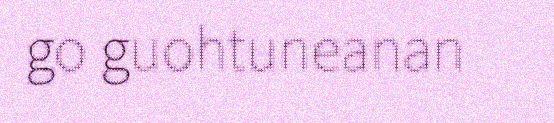
go guohtuneanan